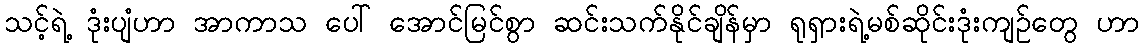
သင့်ရဲ့ ဒုံးပျံဟာ အာကာသ ပေါ် အောင်မြင်စွာ ဆင်းသက်နိုင်ချိန်မှာ ရုရှားရဲ့မစ်ဆိုင်းဒုံးကျဉ်တွေ ဟာ